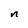
Character: n